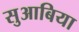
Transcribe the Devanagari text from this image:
सुआबिया